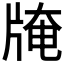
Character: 𤗎